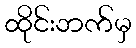
ထိုင်းဘက်မှ